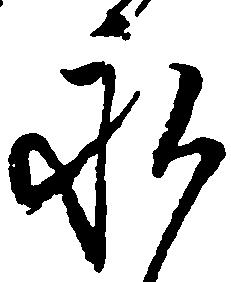
永